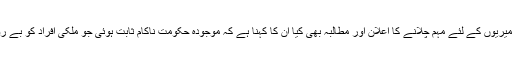
انہوں نے کشمیر کمیٹی کو فعال کرنے اور دنیا بھر میں کشمیریوں کے لئے مہم چلانے کا اعلان اور مطالبہ بھی کیا ان کا کہنا ہے کہ موجودہ حکومت ناکام ثابت ہوئی جو ملکی افراد کو بے روزگار کر رہی ہے اور مہنگائی پیدا کرتی چلی جا رہی ہے۔